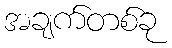
အချက်တစ်ခု